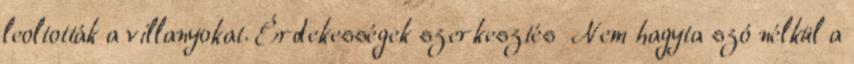
leoltották a villanyokat. Érdekességek szerkesztés Nem hagyta szó nélkül a